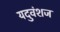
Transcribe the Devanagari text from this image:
यदुवंशज